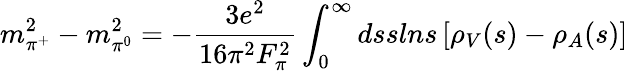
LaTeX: m_{\pi^{+}}^{2}-m_{\pi^{0}}^{2}=-{\frac{3e^{2}}{16\pi^{2}F_{\pi}^{2}}}\int_{0}^{\infty}dsslns\left[\rho_{V}(s)-\rho_{A}(s)\right]